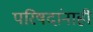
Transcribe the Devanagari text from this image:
परिषदांनाही